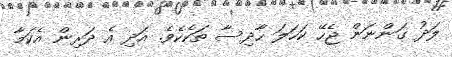
ލަދު ގަންނަން ޖެހޭ ކަހަލަ ހާދިސާ ތަކެކެވެ. އަދި އެ ދަރިން އެކަމާ